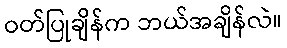
ဝတ်ပြုချိန်က ဘယ်အချိန်လဲ။